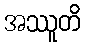
အဿူတိ